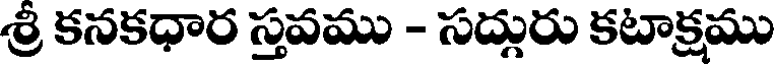
శ్రీ కనకధార స్తవము - సద్గురు కటాక్రము